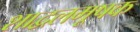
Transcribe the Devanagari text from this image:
शाद्वलमूषक